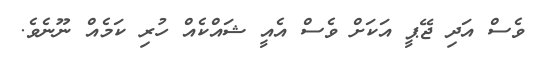
ވެސް އަދި ޖޭޕީ އަކަށް ވެސް އެއީ ޝައްކެއް ހުރި ކަމެއް ނޫނެވެ.